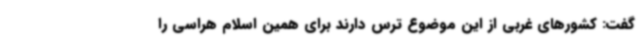
گفت: کشورهای غربی از این موضوع ترس دارند برای همین اسلام هراسی را